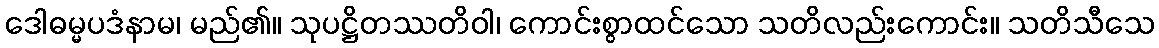
ဒေါဓမ္မပဒံနာမ၊ မည်၏။ သုပဋ္ဌိတဿတိဝါ၊ ကောင်းစွာထင်သော သတိလည်းကောင်း။ သတိသီသေ